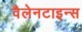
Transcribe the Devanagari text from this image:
वैलेनटाइन्स